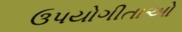
ઉપયોગીતાઓ